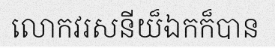
លោកវរសនីយ៏ឯកក៏បាន